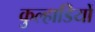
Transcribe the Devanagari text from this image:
कुल्हाडियों